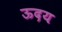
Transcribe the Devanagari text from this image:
ऊदय